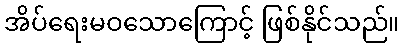
အိပ်ရေးမဝသောကြောင့် ဖြစ်နိုင်သည်။